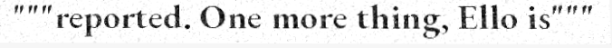
"""reported. One more thing, Ello is"""